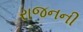
રાજનની